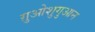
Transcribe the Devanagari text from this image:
ग़ुओशुगुआन